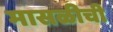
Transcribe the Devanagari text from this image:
मासळीची